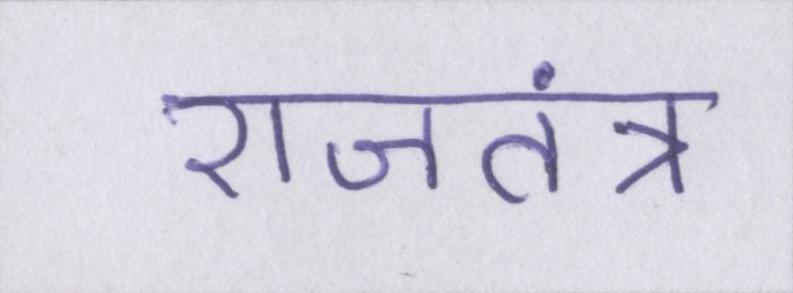
राजतंत्र